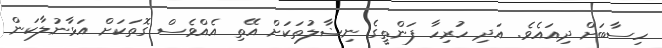
ހިސާބަށް ދިއައެވެ. އަދި ހުރިހާ ފަންތީގެ ނިޟާލުތަކަށް އޭތި އެއްވެސް ގޮތަކަށް އަޅާނުލާކަން